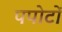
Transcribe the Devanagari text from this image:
पपोटों